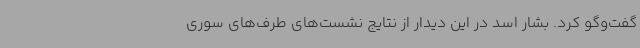
گفت‌وگو کرد. بشار اسد در این دیدار از نتایج نشست‌های طرف‌های سوری